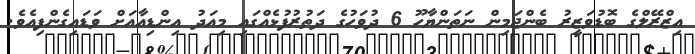
އިޒްރޭލްގެ ބޮޑުވަޒީރު ބެންޖަމިން ނަތަންޔާހޫ 6 ދުވަހުގެ ދަތުރުފުޅެއްގައި މިއަދު އިންޑިއާއަށް ވަޑައިގެންފިއެވެ.